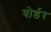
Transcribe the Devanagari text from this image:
बोर्डर